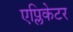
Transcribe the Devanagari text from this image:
एप्लिकेटर